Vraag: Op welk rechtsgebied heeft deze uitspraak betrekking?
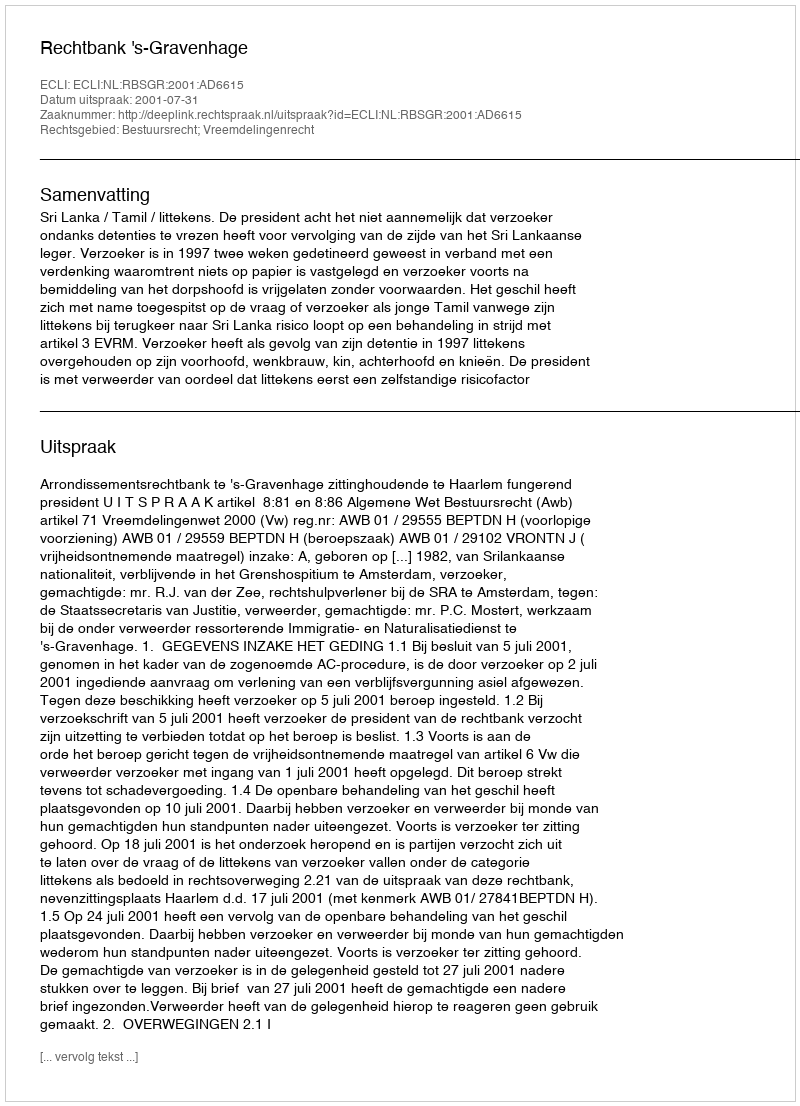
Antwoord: Bestuursrecht; Vreemdelingenrecht